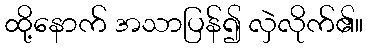
ထို့နောက် အသာပြန်၍ လှဲလိုက်၏။